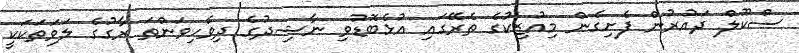
ސްކޫލް ދައުރުން ފެށިގެން މިއުޒިކުގެ ތެރޭގައި އުޅެބޮޑުވި ނާޝިދުގެ ދިވެހިވަންތަ ރާގުގެ ލަވަތަކަކީ